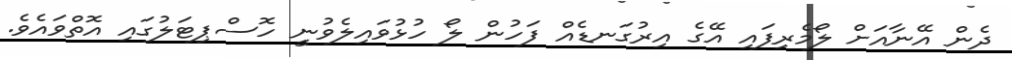
ދެން އޭނާއަށް ލޯމެރިފައި އޭގެ އިރުގަނޑެއް ފަހުން ލޯ ހުޅުވައިލެވުނީ ހޮސްޕިޓަލުގައި އޮތްވައެވެ.